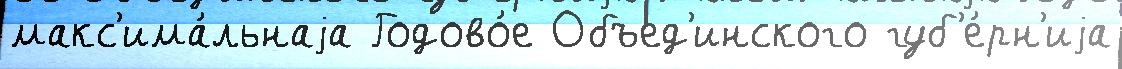
макс'има́льнаjа Годово́е Объед'инского губ'е́рн'иjа